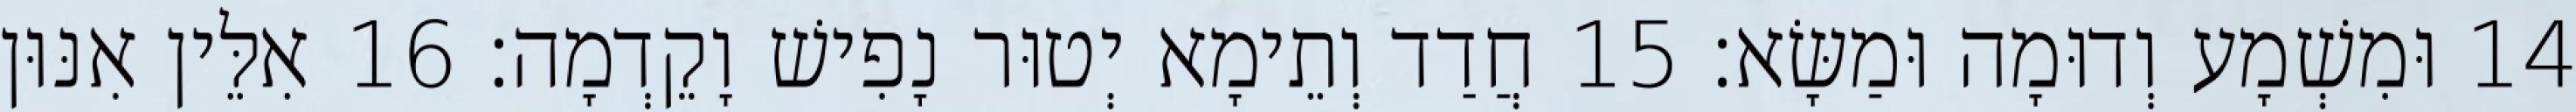
14 וּמִשְׁמָע וְדוּמָה וּמַשָּׂא׃ 15 חֲדַד וְתֵימָא יְטוּר נָפִישׁ וָקֵדְמָה׃ 16 אִלֵּין אִנּוּן